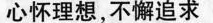
心怀理想，不懈追求